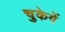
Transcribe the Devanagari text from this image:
चुकेगें